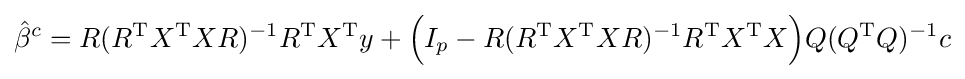
{\hat {\beta }}^{c}=R(R^{\operatorname {T} }X^{\operatorname {T} }XR)^{-1}R^{\operatorname {T} }X^{\operatorname {T} }y+{\Big (}I_{p}-R(R^{\operatorname {T} }X^{\operatorname {T} }XR)^{-1}R^{\operatorname {T} }X^{\operatorname {T} }X{\Big )}Q(Q^{\operatorname {T} }Q)^{-1}c